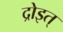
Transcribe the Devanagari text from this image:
द्रोइत्